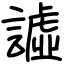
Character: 譃